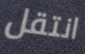
انتقل